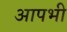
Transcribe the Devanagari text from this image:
आपभी